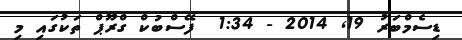
ޑިސެމްބަރު 19